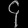
Digit: ၄